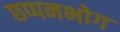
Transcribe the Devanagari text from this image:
छप्पनभोग